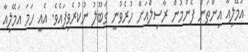
އަމޭލިއާ އިންތަން ފެނުމުން ރާސިލްއަށް ހުރެވުނީ ގަބޫލު ނުކުރެވިފައެވެ. އެއީ ހަމަ އަމޭލިއާ